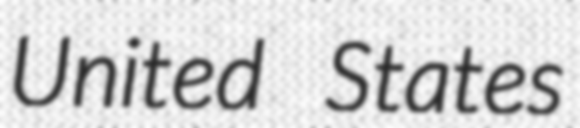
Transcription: United States